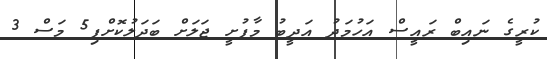
ކުރީގެ ނައިބް ރައީސް އަހުމަދު އަދީބު މާފުށީ ޖަލަށް ބަދަލުކޮށްފި5 މަސް 3